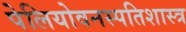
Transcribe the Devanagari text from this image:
पेलियोवनस्पतिशास्त्र